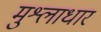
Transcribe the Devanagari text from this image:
मुश्लाधार